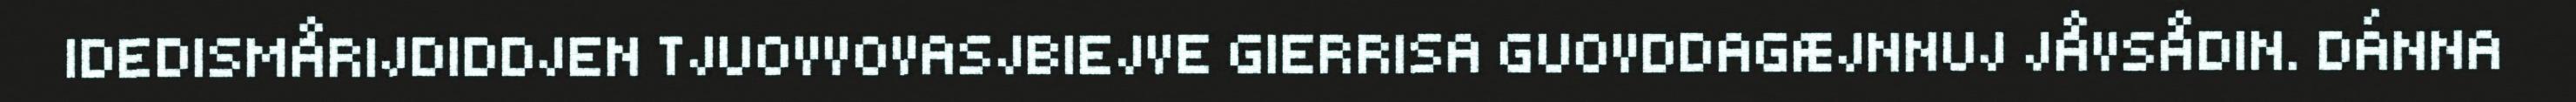
IDEDISMÅRIJDIDDJEN TJUOVVOVASJBIEJVE GIERRISA GUOVDDAGÆJNNUJ JÅVSÅDIN. DÁNNA